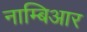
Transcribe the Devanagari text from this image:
नाम्बिआर